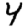
Digit: 4